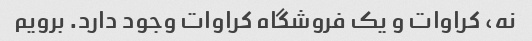
نه، کراوات و یک فروشگاه کراوات وجود دارد. برویم